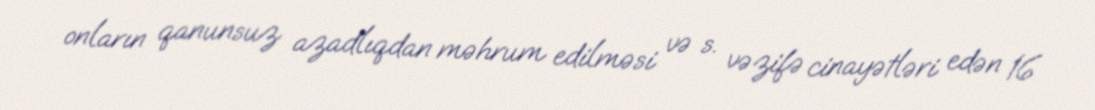
onların qanunsuz azadlıqdan məhrum edilməsi və s. vəzifə cinayətləri edən 16